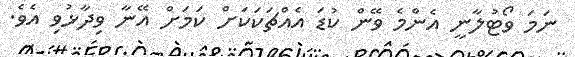
ނަމަ ވޯޓުލާނީ އެންމެ ވޭން ކުޑަ އެއްޗަކަކަށް ކަމަށް އޭނާ ވިދާޅުވި އެވެ.